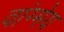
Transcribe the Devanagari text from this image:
वांग्मेय